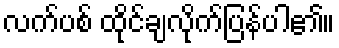
လက်ပစ် ထိုင်ချလိုက်ပြန်ပါ၏။